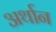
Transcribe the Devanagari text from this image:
अर्थान